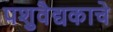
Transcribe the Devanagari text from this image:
पशुवैद्यकाचे